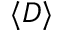
\langle D \rangle